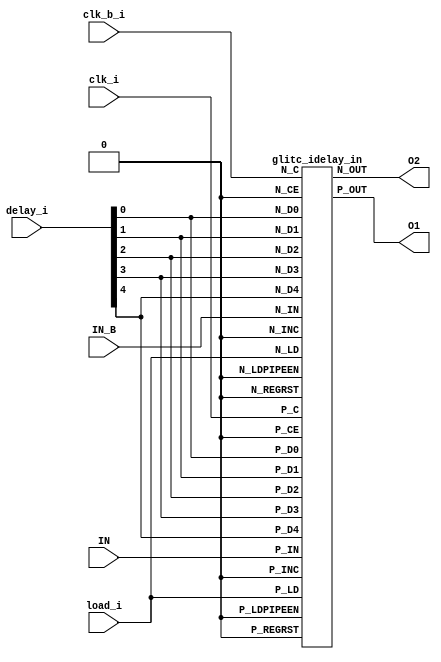
`timescale 1ns / 1ps
////////////////////////////////////////////////////////////////////////////////
// This file is a part of the Antarctic Impulsive Transient Antenna (ANITA)
// project, a collaborative scientific effort between multiple institutions. For
// more information, contact Peter Gorham (gorham@phys.hawaii.edu).
//
// All rights reserved.
//
// Author:
// Author:
////////////////////////////////////////////////////////////////////////////////

module RITC_idelay_pair(
		input IN, input IN_B,
		input [4:0] delay_i,
		input clk_i,
		input clk_b_i,
		input load_i,
		output O1, output O2   
	);

	parameter POL = 0;
	generate
		if (POL == 0) begin : NINV
			glitc_idelay_in u_in(.P_IN(IN),.N_IN(IN_B),
										.P_REGRST(1'b0),.N_REGRST(1'b0),
										.P_LDPIPEEN(1'b0),.N_LDPIPEEN(1'b0),
										.P_INC(1'b0),.N_INC(1'b0),
										.P_D0(delay_i[0]),
										.P_D1(delay_i[1]),
										.P_D2(delay_i[2]),
										.P_D3(delay_i[3]),
										.P_D4(delay_i[4]),
										.N_D0(delay_i[0]),
										.N_D1(delay_i[1]),
										.N_D2(delay_i[2]),
										.N_D3(delay_i[3]),
										.N_D4(delay_i[4]),
										.P_CE(1'b0),
										.N_CE(1'b0),
										.P_C(clk_i),
										.N_C(clk_b_i),
										.P_LD(load_i),
										.N_LD(load_i),
										.P_OUT(O1),
										.N_OUT(O2));
		end else begin : INV
			glitc_idelay_in_n u_in(.P_IN(IN),.N_IN(IN_B),
										.P_REGRST(1'b0),.N_REGRST(1'b0),
										.P_LDPIPEEN(1'b0),.N_LDPIPEEN(1'b0),
										.P_INC(1'b0),.N_INC(1'b0),
										.P_D0(delay_i[0]),
										.P_D1(delay_i[1]),
										.P_D2(delay_i[2]),
										.P_D3(delay_i[3]),
										.P_D4(delay_i[4]),
										.N_D0(delay_i[0]),
										.N_D1(delay_i[1]),
										.N_D2(delay_i[2]),
										.N_D3(delay_i[3]),
										.N_D4(delay_i[4]),
										.P_CE(1'b0),
										.N_CE(1'b0),
										.P_C(clk_i),
										.N_C(clk_b_i),
										.P_LD(load_i),
										.N_LD(load_i),
										.P_OUT(O1),
										.N_OUT(O2));
		end
	endgenerate

endmodule

module glitc_idelay_in( input P_IN, input N_IN,
								input P_REGRST, input N_REGRST,
								input P_LDPIPEEN, input N_LDPIPEEN,
								input P_INC, input N_INC,
								input P_D0, input N_D0,
								input P_D1, input N_D1,
								input P_D2, input N_D2,
								input P_D3, input N_D3,
								input P_D4, input N_D4,
								output P_OUT, output N_OUT,
								input P_CE, input N_CE,
								input P_C, input N_C,
								input P_LD, input N_LD );
endmodule

module glitc_idelay_in_n( input P_IN, input N_IN,
								input P_REGRST, input N_REGRST,
								input P_LDPIPEEN, input N_LDPIPEEN,
								input P_INC, input N_INC,
								input P_D0, input N_D0,
								input P_D1, input N_D1,
								input P_D2, input N_D2,
								input P_D3, input N_D3,
								input P_D4, input N_D4,
								output P_OUT, output N_OUT,
								input P_CE, input N_CE,
								input P_C, input N_C,
								input P_LD, input N_LD );
endmodule